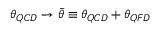
\theta _ { Q C D } \rightarrow \bar { \theta } \equiv \theta _ { Q C D } + \theta _ { Q F D }